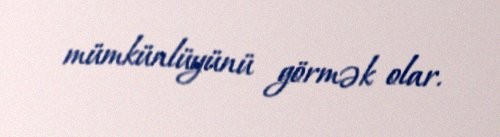
mümkünlüyünü görmək olar.